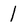
Character: 1